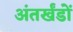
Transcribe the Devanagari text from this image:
अंतर्खंडों